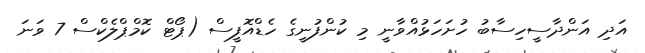
އަދި އަންދާސީހިސާބު ހުށަހަޅުއްވާނީ މި ކުންފުނީގެ ހެޑްއޮފީސް (ޕޯޓް ކޮމްޕްލެކްސް 7 ވަނަ